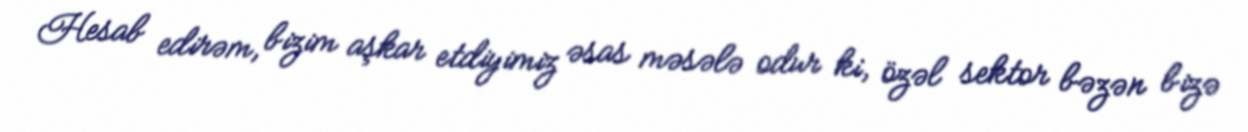
Hesab edirəm, bizim aşkar etdiyimiz əsas məsələ odur ki, özəl sektor bəzən bizə